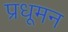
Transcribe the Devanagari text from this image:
प्रधूमन